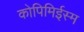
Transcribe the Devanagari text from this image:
कोपिमिईस्म